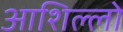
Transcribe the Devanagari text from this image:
आशिल्लो